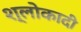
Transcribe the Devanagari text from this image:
श्लोकादी